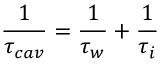
\frac { 1 } { \tau _ { c a v } } = \frac { 1 } { \tau _ { w } } + \frac { 1 } { \tau _ { i } }